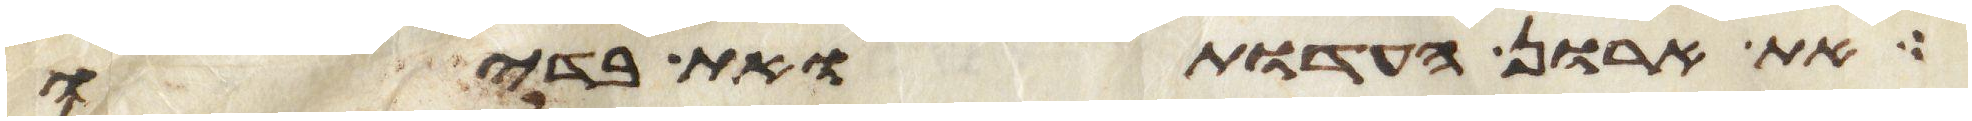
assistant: את ארון העדות ואת בדיו